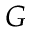
G